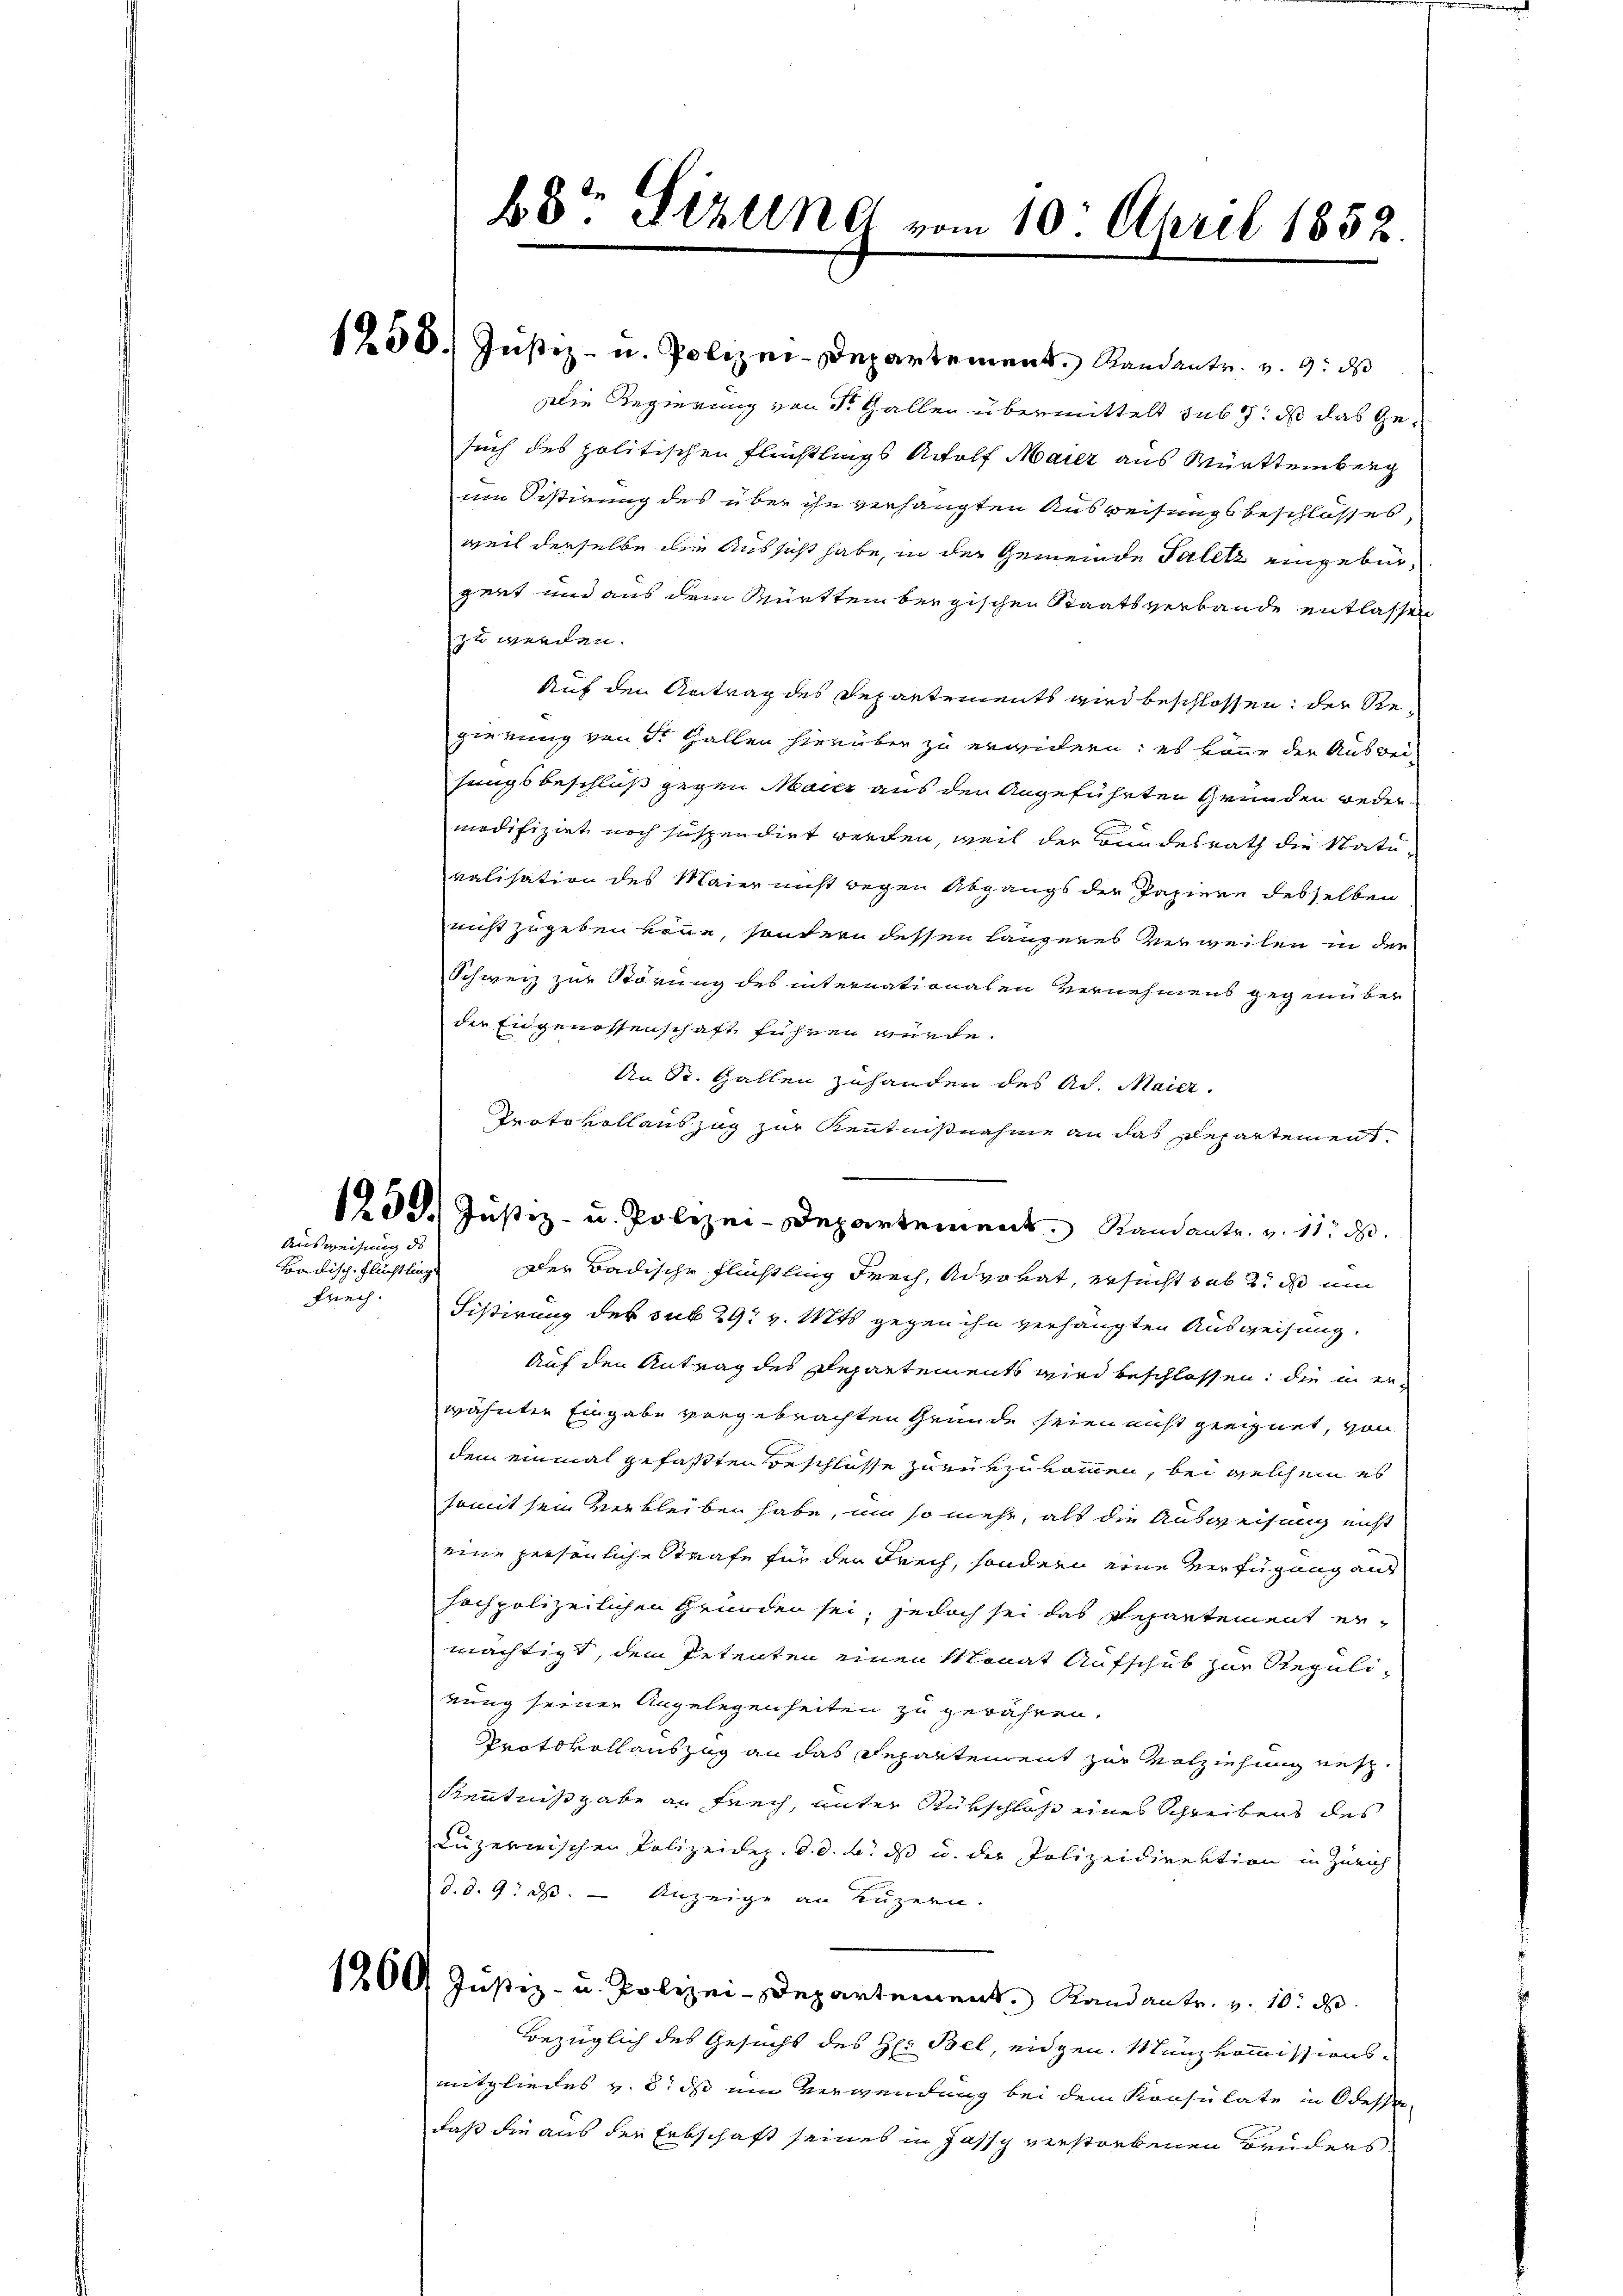
Ausweisung de

Badisch-Flüchtling

1250. Justiz- u. Polizei-Departement. Randant. v. 9. ds
Die Regierung von Sr. Gallen übermittelt sub 1, dß das Gesuch des politischen Fleichtlings Adolf Maier aus Württemberg
im Sistirung des über ihn verhängten Ausweisungsbeschlosses,
weil derselbe die Aussicht habe, in der Gemeinde Talitz eingebürgert und aus dem Württem bergischen Staatsverbande entlassen
zu werden.
Auf den Antrag des Departements wird beschlossen, der Regierung von St. Gallen hierüber zu erwidern: es könne der Ausweisungsbeschluß gegen Maier aus den Angeführten Gründen weder
modifizirt noch suspendirt werden, weil der Bundesrath die Natuvalisation des Maier nicht begen Abgangs der Papiere desselben
nicht zugeben könne, sondern dessen längeres Verweilen in der
Schweiz zur Störung des internationalen Vernehmens gegenüber
die Engenossenschaft führen würde.
An St. Gallen zuhanden des Ad. Maier.
Protokollauszug zur Kenntnißnahme an das Departemente
159. Justiz- u. Polizei-Departement. Randante. v. 11. d.
der Badische Flüchtling Frech, Advokat, ersucht sub 2. ds um
frey. Sistirung des sub 29. v. Mts gegen ihn verhängten Ausweisung.
Auf den Antrag des Departements wird beschlossen, die in erwähnten Eingabe vergebrachten Grunde seien nicht geeignet, von
dem einmal gefaßten Beschlüsse zurükzukommen, bei welchem es
somit sein verbleiben habe, um so mehr, als die Ausweisung nicht
eine persönliche Strafe für den Frech, sondern eine Verfügung aus
hochpolizeilichen Gründen sei, jedoch sei das Repartement ermächtigt, dem Petenten einen Monat Aufschub zur Regulinung seiner Angelegenheiten zu gewähren.
Protokollauszug an das Departendent zur Volziehung neh¬
Kenntnißgabe an Fruch, unter Rückschloß eines Schreibens des
Luzerwischen Polizeidez. d. d. d. ds u. der Polizeidirektion in Zürich
d. d. 9. ds. - Anzeige an Luzern.
1209 Justiz- u. Polizei-Departement. Randantr. v. 10. d.
Bezüglich des Gesucht des H: Biel eidgen. Münzkommissionsmitgliedes v. 8. ds um Verwendung bei dem Konsulate in Odessen-
daß die aus der Erbschaft seines in Jassy verstorbenen Brüders

b8te Sitzung vom 10. April 1852.